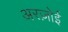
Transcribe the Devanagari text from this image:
अरज़ोई